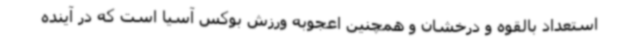
استعداد بالقوه و درخشان و همچنین اعجوبه ورزش بوکس آسیا است که در آینده